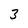
Character: 3